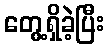
တွေ့ရှိခဲ့ပြီး